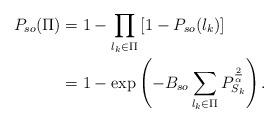
LaTeX: \begin{align*}P_{so}(\Pi)&=1-\prod_{l_k \in \Pi}\left[ 1-P_{so}(l_k)\right] \\ &=1-\exp\left(-B_{so}\sum_{l_k \in \Pi} P_{S_k}^{\frac {2}{\alpha}}\right). \end{align*}